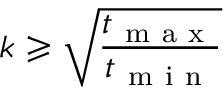
k \geqslant \sqrt { \frac { t _ { \mathrm { ~ m ~ a ~ x ~ } } } { t _ { \mathrm { ~ m ~ i ~ n ~ } } } }